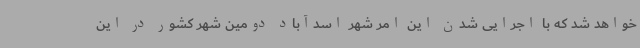
خواهد شد که با اجرایی شدن این امر شهر اسدآباد دومین شهر کشور در این